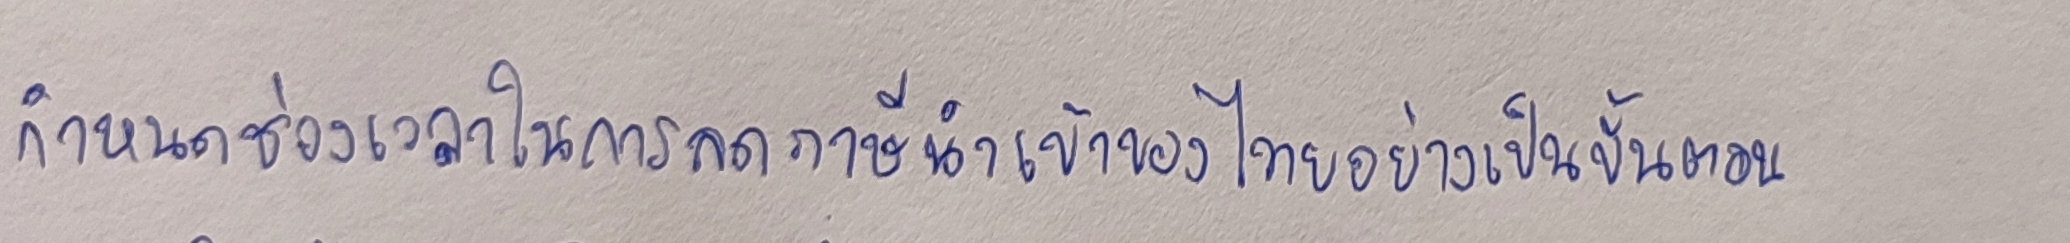
กำหนดช่วงเวลาในการลดภาษีนำเข้าของไทยอย่างเป็นขั้นตอน